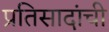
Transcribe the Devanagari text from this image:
प्रतिसादांची